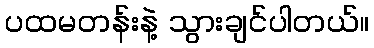
ပထမတန်းနဲ့ သွားချင်ပါတယ်။